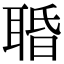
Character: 䎽